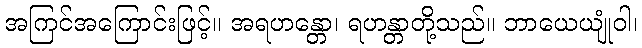
အကြင်အကြောင်းဖြင့်။ အရဟန္တော၊ ရဟန္တာတို့သည်။ ဘာယေယျုံဝါ၊